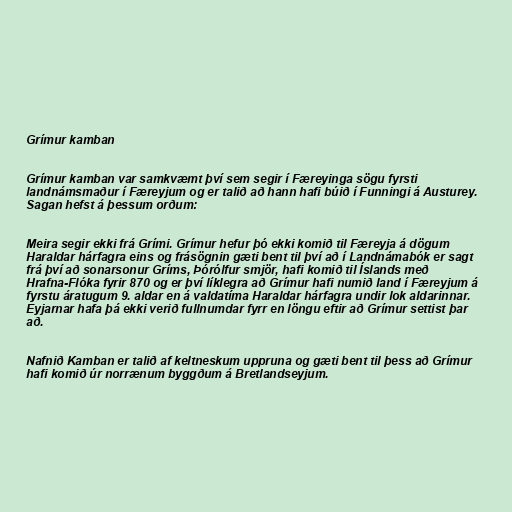
Grímur kamban

Grímur kamban var samkvæmt því sem segir í Færeyinga sögu fyrsti
landnámsmaður í Færeyjum og er talið að hann hafi búið í Funningi á Austurey.
Sagan hefst á þessum orðum:

Meira segir ekki frá Grími. Grímur hefur þó ekki komið til Færeyja á dögum
Haraldar hárfagra eins og frásögnin gæti bent til því að í Landnámabók er sagt
frá því að sonarsonur Gríms, Þórólfur smjör, hafi komið til Íslands með
Hrafna-Flóka fyrir 870 og er því líklegra að Grímur hafi numið land í Færeyjum á
fyrstu áratugum 9. aldar en á valdatíma Haraldar hárfagra undir lok aldarinnar.
Eyjarnar hafa þá ekki verið fullnumdar fyrr en löngu eftir að Grímur settist þar
að.

Nafnið Kamban er talið af keltneskum uppruna og gæti bent til þess að Grímur
hafi komið úr norrænum byggðum á Bretlandseyjum.